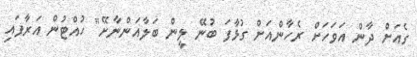
ގެއަށް ދާން އަވަހަށް ރެހާންއަށް ގުޅާފަ ބުނޭ ލީން ބަލާއަންނާށޭ" ހުއްޓުން އަރާފައި